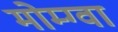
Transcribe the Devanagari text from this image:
मोम्ग्वा